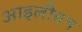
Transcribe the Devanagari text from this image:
आइलीयन